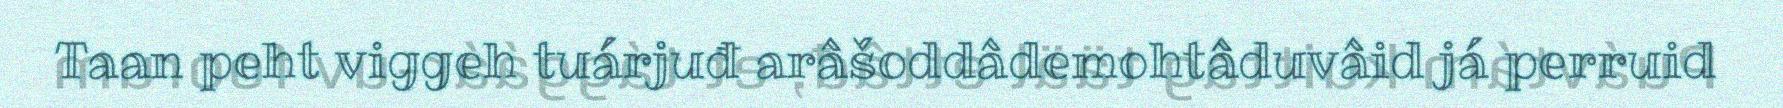
Taan peht viggeh tuárjuđ arâšoddâdemohtâduvâid já perruid